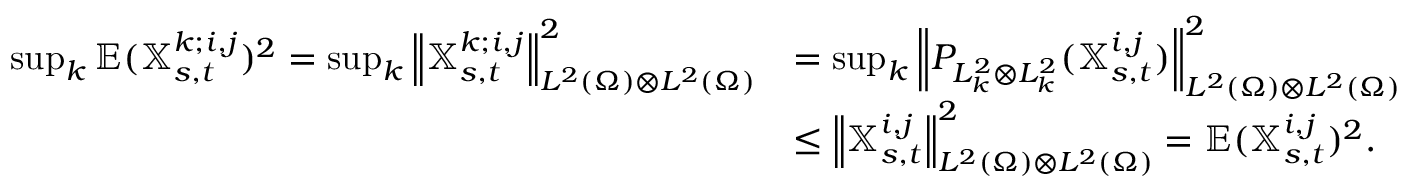
\begin{array} { r l } { \operatorname* { s u p } _ { k } \mathbb { E } ( \mathbb { X } _ { s , t } ^ { k ; i , j } ) ^ { 2 } = \operatorname* { s u p } _ { k } { \left\lVert { \mathbb { X } _ { s , t } ^ { k ; i , j } } \right\rVert } _ { L ^ { 2 } ( \Omega ) \otimes L ^ { 2 } ( \Omega ) } ^ { 2 } } & { = \operatorname* { s u p } _ { k } { \left\lVert { P _ { L _ { k } ^ { 2 } \otimes L _ { k } ^ { 2 } } ( \mathbb { X } _ { s , t } ^ { i , j } ) } \right\rVert } _ { L ^ { 2 } ( \Omega ) \otimes L ^ { 2 } ( \Omega ) } ^ { 2 } } \\ & { \leq { \left\lVert { \mathbb { X } _ { s , t } ^ { i , j } } \right\rVert } _ { L ^ { 2 } ( \Omega ) \otimes L ^ { 2 } ( \Omega ) } ^ { 2 } = \mathbb { E } ( \mathbb { X } _ { s , t } ^ { i , j } ) ^ { 2 } . } \end{array}